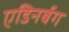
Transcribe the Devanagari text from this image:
एडिनर्बग